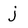
Character: j